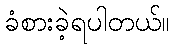
ခံစားခဲ့ရပါတယ်။